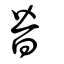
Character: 朁